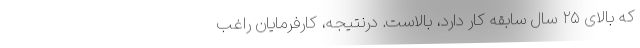
که بالای ۲۵ سال سابقه کار دارد، بالاست. درنتیجه، کارفرمایان راغب